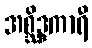
အစ္ဆိဒ္ဒကာရီ